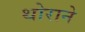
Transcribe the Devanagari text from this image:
थोराने